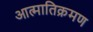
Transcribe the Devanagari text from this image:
आत्मातिक्रमण